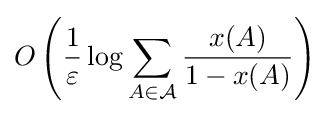
O\left({\frac {1}{\varepsilon }}\log \sum _{A\in {\mathcal {A}}}{\frac {x(A)}{1-x(A)}}\right)